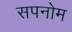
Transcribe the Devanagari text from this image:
सपनोम